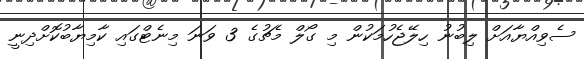
ސެވިއްޔާއަށް ލިބުނު ހިލޭޖެހުމަކުން މި ގޯލް މެޗުގެ 3 ވަނަ މިނެޓްގައި ކާމިޔާބުކޮށްދިނީ